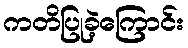
ကတိပြုခဲ့ကြောင်း